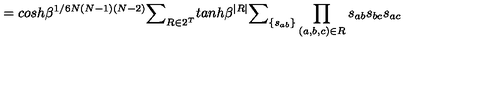
= c o s h \beta ^ { 1 / 6 N ( N - 1 ) ( N - 2 ) } { \Large \sum } _ { R \in 2 ^ { T } } t a n h \beta ^ { | R | } { \large \sum } _ { \{ s _ { a b } \} } \prod _ { ( a , b , c ) \in R } s _ { a b } s _ { b c } s _ { a c }